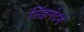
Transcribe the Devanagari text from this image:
सिंहनंदन